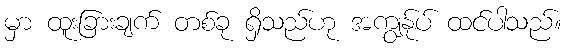
မှာ ထူးခြားချက် တစ်ခု ရှိသည်ဟု အကျွန်ုပ် ထင်ပါသည်။